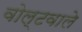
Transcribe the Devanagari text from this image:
वोल्टवाले